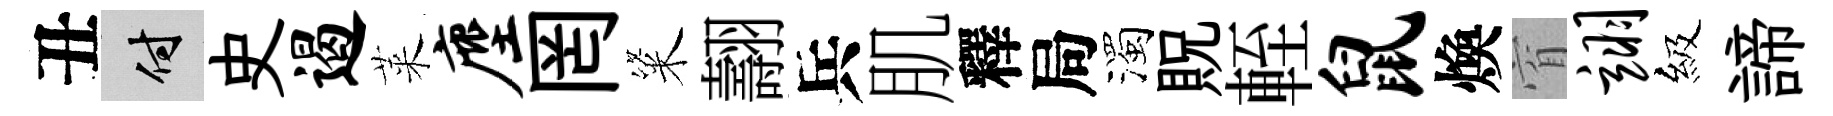
丑付史遏萊麈罔粢翿兵肌釋局濁貺輊鼠煥窅翊級諦